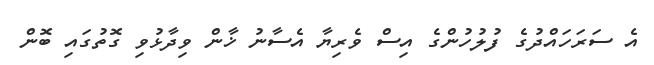
އެ ސަރަހައްދުގެ ފުލުހުންގެ އިސް ވެރިޔާ އެސާނު ޚާން ވިދާޅުވި ގޮތުގައި ބޮން